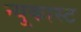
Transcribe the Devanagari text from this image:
न्यूकास्ट